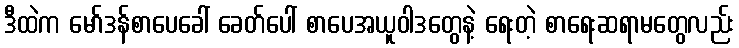
ဒီထဲက မော်ဒန်စာပေခေါ် ခေတ်ပေါ် စာပေအယူဝါဒတွေနဲ့ ရေးတဲ့ စာရေးဆရာမတွေလည်း